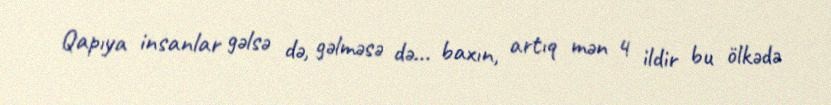
Qapıya insanlar gəlsə də, gəlməsə də... baxın, artıq mən 4 ildir bu ölkədə